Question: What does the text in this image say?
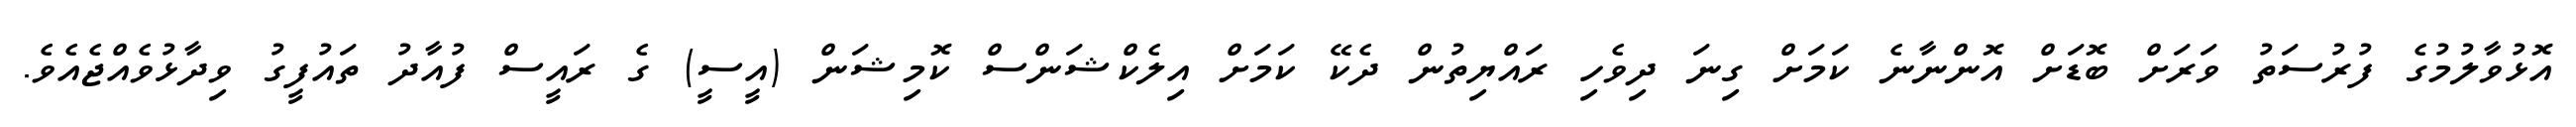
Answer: އޮޅުވާލުމުގެ ފުރުސަތު ވަރަށް ބޮޑަށް އޮންނާނެ ކަމަށް ގިނަ ދިވެހި ރައްޔިތުން ދެކޭ ކަމަށް އިލެކްޝަންސް ކޮމިޝަން (އީސީ) ގެ ރައީސް ފުއާދު ތައުފީގު ވިދާޅުވެއްޖެއެވެ.